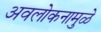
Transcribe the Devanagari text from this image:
अवलोकनामुळे